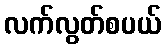
လက်လွတ်စပယ်